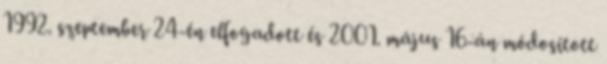
1992. szeptember 24-én elfogadott és 2001. május 16-án módosított